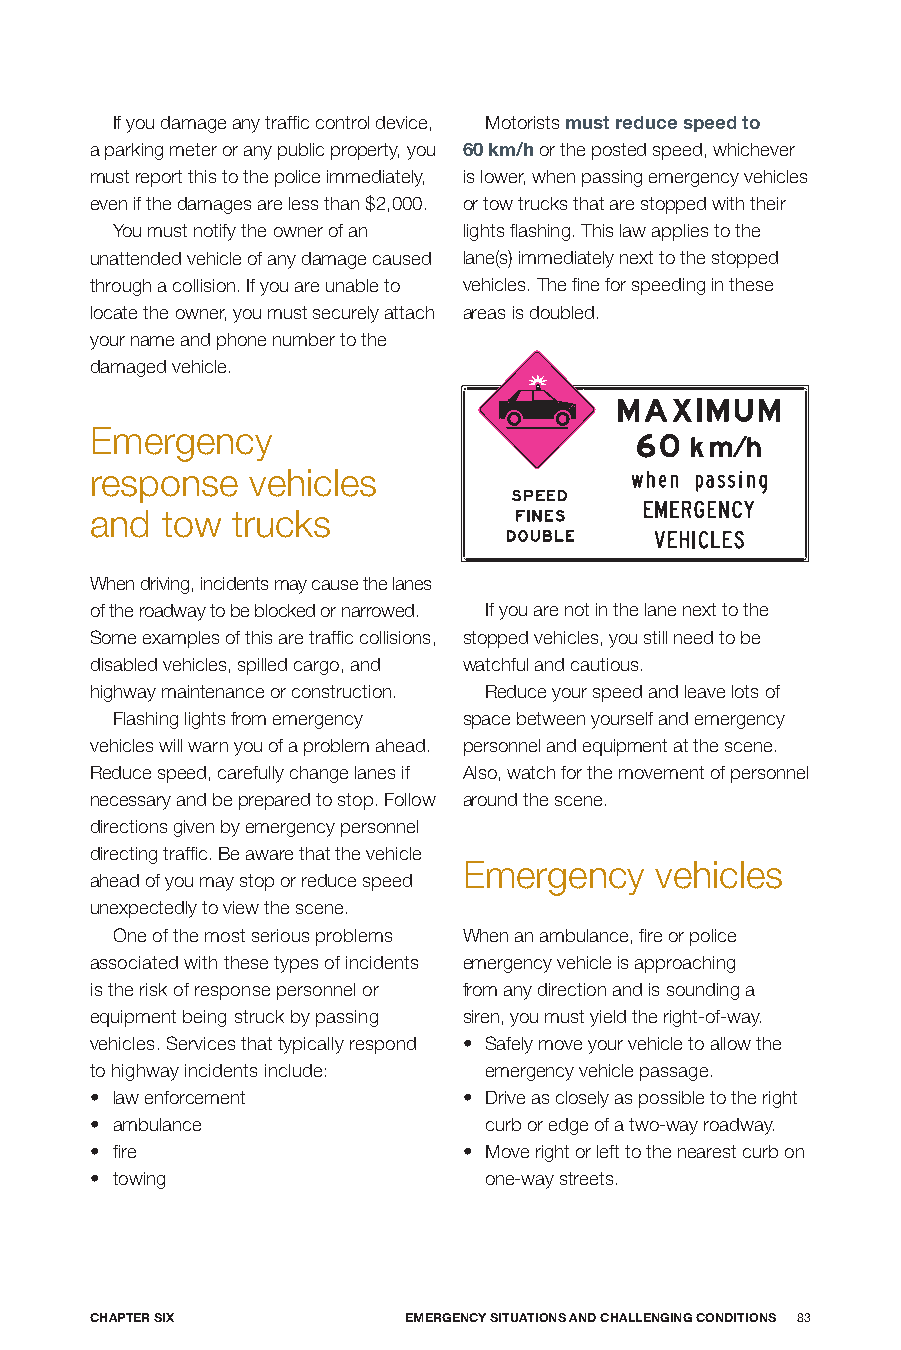
If you damage any traffic control device, Motorists must reduce speed to
 a parking meter or any public property, you 60 km/h or the posted speed, whichever
 must report this to the police immediately, is lower, when passing emergency vehicles
 even if the damages are less than $2,000. or tow trucks that are stopped with their
 You must notify the owner of an lights flashing. This law applies to the
 unattended vehicle of any damage caused lane(s) immediately next to the stopped
 through a collision. If you are unable to vehicles. The fine for speeding in these
 locate the owner, you must securely attach areas is doubled.
 your name and phone number to the
 damaged vehicle.
 Emergency
 response  vehicles
 and  tow trucks
 When driving, incidents may cause the lanes
 of the roadway to be blocked or narrowed. If you are not in the lane next to the
 Some examples of this are traffic collisions, stopped vehicles, you still need to be
 disabled vehicles, spilled cargo, and watchful and cautious.
 highway maintenance or construction. Reduce your speed and leave lots of
 Flashing lights from emergency space between yourself and emergency
 vehicles will warn you of a problem ahead. personnel and equipment at the scene.
 Reduce speed, carefully change lanes if Also, watch for the movement of personnel
 necessary and be prepared to stop. Follow around the scene.
 directions given by emergency personnel
 directing traffic. Be aware that the vehicle
 Emergency   vehicles
 ahead of you may stop or reduce speed
 unexpectedly to view the scene.
 One of the most serious problems When an ambulance, fire or police
 associated with these types of incidents emergency vehicle is approaching
 is the risk of response personnel or from any direction and is sounding a
 equipment being struck by passing siren, you must yield the right-of-way.
 vehicles. Services that typically respond • Safely move your vehicle to allow the
 to highway incidents include: emergency vehicle passage.
 • law enforcement        • Drive as closely as possible to the right
 • ambulance               curb or edge of a two-way roadway.
 • fire                   • Move right or left to the nearest curb on
 • towing                  one-way streets.
 CHApTER SIX          EmERGEnCy SITUATIonS AnD CHALLEnGInG ConDITIonS 83